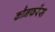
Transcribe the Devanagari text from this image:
कौनफरेंस